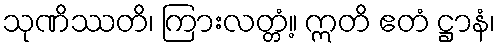
သုဏိဿတိ၊ ကြားလတ္တံ့။ ဣတိ ဧတံ ဋ္ဌာနံ၊